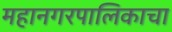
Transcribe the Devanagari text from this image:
महानगरपालिकाचा